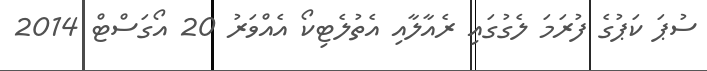
ސުޕަ ކަޕުގެ ފުރަމަ ލެގުގައި ރެއާލާއި އެތުލެޓިކޯ އެއްވަރު 20 އޯގަސްޓް 2014